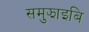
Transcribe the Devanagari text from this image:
समुझाइबि